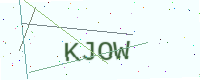
Text: KJOW